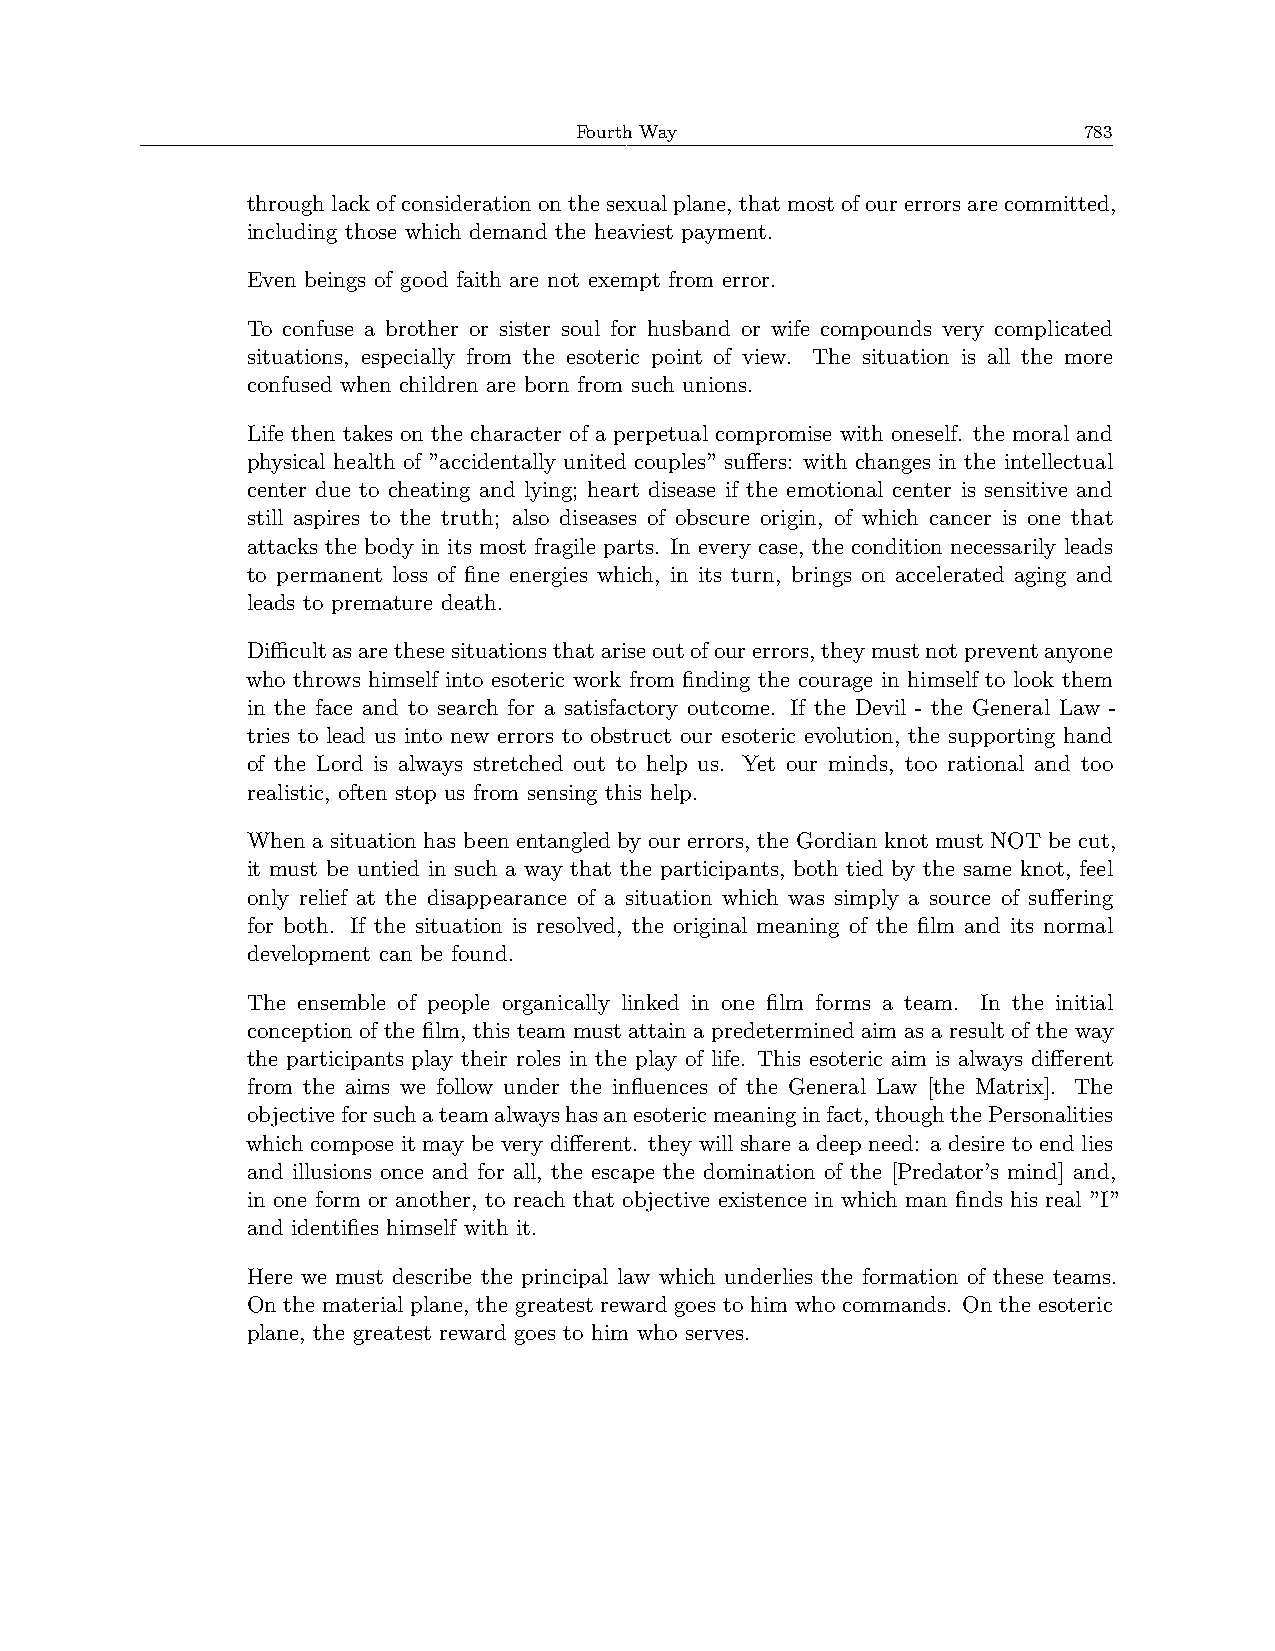
Fourth Way                        783
 throughlackofconsiderationonthesexualplane, thatmostofourerrorsarecommitted,
 including those which demand the heaviest payment.
 Even beings of good faith are not exempt from error.
 To confuse a brother or sister soul for husband or wife compounds very complicated
 situations, especially from the esoteric point of view. The situation is all the more
 confused when children are born from such unions.
 Life then takes on the character of a perpetual compromise with oneself. the moral and
 physical health of ”accidentally united couples” suffers: with changes in the intellectual
 center due to cheating and lying; heart disease if the emotional center is sensitive and
 still aspires to the truth; also diseases of obscure origin, of which cancer is one that
 attacks the body in its most fragile parts. In every case, the condition necessarily leads
 to permanent loss of fine energies which, in its turn, brings on accelerated aging and
 leads to premature death.
 Diﬀicultasarethesesituationsthatariseoutofourerrors,theymustnotpreventanyone
 who throws himself into esoteric work from finding the courage in himself to look them
 in the face and to search for a satisfactory outcome. If the Devil - the General Law -
 tries to lead us into new errors to obstruct our esoteric evolution, the supporting hand
 of the Lord is always stretched out to help us. Yet our minds, too rational and too
 realistic, often stop us from sensing this help.
 When a situation has been entangled by our errors, the Gordian knot must NOT be cut,
 it must be untied in such a way that the participants, both tied by the same knot, feel
 only relief at the disappearance of a situation which was simply a source of suffering
 for both. If the situation is resolved, the original meaning of the film and its normal
 development can be found.
 The ensemble of people organically linked in one film forms a team. In the initial
 conception of the film, this team must attain a predetermined aim as a result of the way
 the participants play their roles in the play of life. This esoteric aim is always different
 from the aims we follow under the influences of the General Law [the Matrix]. The
 objectiveforsuchateamalwayshasanesotericmeaninginfact,thoughthePersonalities
 which compose it may be very different. they will share a deep need: a desire to end lies
 and illusions once and for all, the escape the domination of the [Predator’s mind] and,
 in one form or another, to reach that objective existence in which man finds his real ”I”
 and identifies himself with it.
 Here we must describe the principal law which underlies the formation of these teams.
 On the material plane, the greatest reward goes to him who commands. On the esoteric
 plane, the greatest reward goes to him who serves.